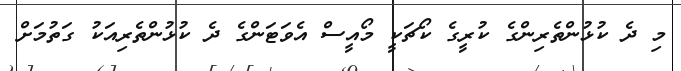
މި ދެ ކުޅުންތެރިންގެ ކުރީގެ ކޯޗަކީ މޯއީސް އެވަޓަންގެ ދެ ކުޅުންތެރިއަކު ގަތުމަށް